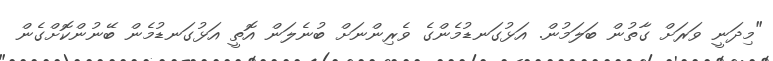
"މިދަނީ ވަރަށް ގާތުން ބަލަމުން. އަޅުގަނޑުމެންގެ ވެރިންނަށް ބުނެލަން އޮތީ އަޅުގަނޑުމެން ބޭނުންކޮށްގެން